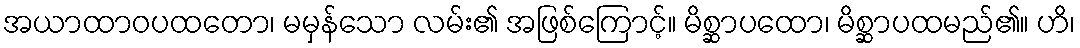
အယာထာဝပထတော၊ မမှန်သော လမ်း၏ အဖြစ်ကြောင့်။ မိစ္ဆာပထော၊ မိစ္ဆာပထမည်၏။ ဟိ၊